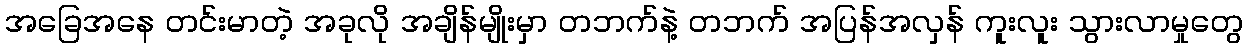
အခြေအနေ တင်းမာတဲ့ အခုလို အချိန်မျိုးမှာ တဘက်နဲ့ တဘက် အပြန်အလှန် ကူးလူး သွားလာမှုတွေ